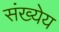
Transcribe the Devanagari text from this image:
संख्येय